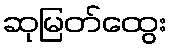
ဆုမြတ်ထွေး